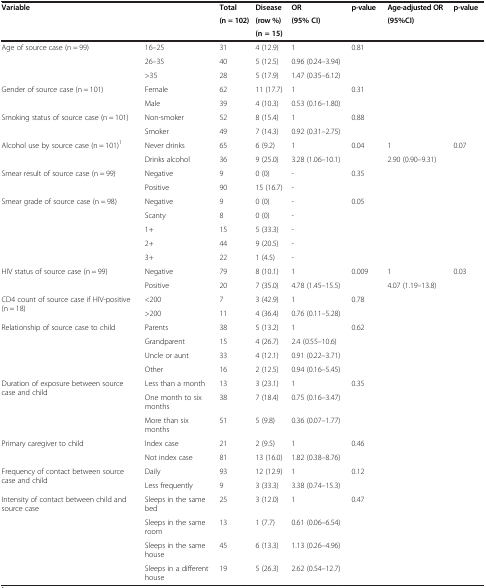
<table><thead><tr><td rowspan="3"><b>Variable</b></td><td rowspan="3"><b> </b></td><td><b>Total</b></td><td><b>Disease</b></td><td><b>OR</b></td><td rowspan="3"><b>p-value</b></td><td><b>Age-adjusted OR</b></td><td rowspan="3"><b>p-value</b></td></tr><tr><td rowspan="2"><b>(n = 102)</b></td><td><b>(row %)</b></td><td rowspan="2"><b>(95% CI)</b></td><td rowspan="2"><b>(95%CI)</b></td></tr><tr><td><b>(n = 15)</b></td></tr></thead><tbody><tr><td rowspan="3">Age of source case (n = 99)</td><td>16–25</td><td>31</td><td>4 (12.9)</td><td>1</td><td rowspan="3">0.81</td><td rowspan="3"> </td><td rowspan="3"> </td></tr><tr><td>26–35</td><td>40</td><td>5 (12.5)</td><td>0.96 (0.24–3.94)</td></tr><tr><td>&gt;35</td><td>28</td><td>5 (17.9)</td><td>1.47 (0.35–6.12)</td></tr><tr><td rowspan="2">Gender of source case (n = 101)</td><td>Female</td><td>62</td><td>11 (17.7)</td><td>1</td><td rowspan="2">0.31</td><td rowspan="2"> </td><td rowspan="2"> </td></tr><tr><td>Male</td><td>39</td><td>4 (10.3)</td><td>0.53 (0.16–1.80)</td></tr><tr><td rowspan="2">Smoking status of source case (n = 101)</td><td>Non-smoker</td><td>52</td><td>8 (15.4)</td><td>1</td><td rowspan="2">0.88</td><td rowspan="2"> </td><td rowspan="2"> </td></tr><tr><td>Smoker</td><td>49</td><td>7 (14.3)</td><td>0.92 (0.31–2.75)</td></tr><tr><td rowspan="2">Alcohol use by source case (n = 101)<sup>1</sup></td><td>Never drinks</td><td>65</td><td>6 (9.2)</td><td>1</td><td rowspan="2">0.04</td><td>1</td><td rowspan="2">0.07</td></tr><tr><td>Drinks alcohol</td><td>36</td><td>9 (25.0)</td><td>3.28 (1.06–10.1)</td><td>2.90 (0.90–9.31)</td></tr><tr><td rowspan="2">Smear result of source case (n = 99)</td><td>Negative</td><td>9</td><td>0 (0)</td><td>-</td><td rowspan="2">0.35</td><td rowspan="2"> </td><td rowspan="2"> </td></tr><tr><td>Positive</td><td>90</td><td>15 (16.7)</td><td>-</td></tr><tr><td rowspan="5">Smear grade of source case (n = 98)</td><td>Negative</td><td>9</td><td>0 (0)</td><td>-</td><td rowspan="5">0.05</td><td rowspan="5"> </td><td rowspan="5"> </td></tr><tr><td>Scanty</td><td>8</td><td>0 (0)</td><td>-</td></tr><tr><td>1+</td><td>15</td><td>5 (33.3)</td><td>-</td></tr><tr><td>2+</td><td>44</td><td>9 (20.5)</td><td>-</td></tr><tr><td>3+</td><td>22</td><td>1 (4.5)</td><td>-</td></tr><tr><td rowspan="2">HIV status of source case (n = 99)</td><td>Negative</td><td>79</td><td>8 (10.1)</td><td>1</td><td rowspan="2">0.009</td><td>1</td><td rowspan="2">0.03</td></tr><tr><td>Positive</td><td>20</td><td>7 (35.0)</td><td>4.78 (1.45–15.5)</td><td>4.07 (1.19–13.8)</td></tr><tr><td rowspan="2">CD4 count of source case if HIV-positive (n = 18)</td><td>&lt;200</td><td>7</td><td>3 (42.9)</td><td>1</td><td rowspan="2">0.78</td><td rowspan="2"> </td><td rowspan="2"> </td></tr><tr><td>&gt;200</td><td>11</td><td>4 (36.4)</td><td>0.76 (0.11–5.28)</td></tr><tr><td rowspan="4">Relationship of source case to child</td><td>Parents</td><td>38</td><td>5 (13.2)</td><td>1</td><td rowspan="4">0.62</td><td rowspan="4"> </td><td rowspan="4"> </td></tr><tr><td>Grandparent</td><td>15</td><td>4 (26.7)</td><td>2.4 (0.55–10.6)</td></tr><tr><td>Uncle or aunt</td><td>33</td><td>4 (12.1)</td><td>0.91 (0.22–3.71)</td></tr><tr><td>Other</td><td>16</td><td>2 (12.5)</td><td>0.94 (0.16–5.45)</td></tr><tr><td rowspan="3">Duration of exposure between source case and child</td><td>Less than a month</td><td>13</td><td>3 (23.1)</td><td>1</td><td rowspan="3">0.35</td><td rowspan="3"> </td><td rowspan="3"> </td></tr><tr><td>One month to six months</td><td>38</td><td>7 (18.4)</td><td>0.75 (0.16–3.47)</td></tr><tr><td>More than six months</td><td>51</td><td>5 (9.8)</td><td>0.36 (0.07–1.77)</td></tr><tr><td rowspan="2">Primary caregiver to child</td><td>Index case</td><td>21</td><td>2 (9.5)</td><td>1</td><td rowspan="2">0.46</td><td rowspan="2"> </td><td rowspan="2"> </td></tr><tr><td>Not index case</td><td>81</td><td>13 (16.0)</td><td>1.82 (0.38–8.76)</td></tr><tr><td rowspan="2">Frequency of contact between source case and child</td><td>Daily</td><td>93</td><td>12 (12.9)</td><td>1</td><td rowspan="2">0.12</td><td rowspan="2"> </td><td rowspan="2"> </td></tr><tr><td>Less frequently</td><td>9</td><td>3 (33.3)</td><td>3.38 (0.74–15.3)</td></tr><tr><td rowspan="4">Intensity of contact between child and source case</td><td>Sleeps in the same bed</td><td>25</td><td>3 (12.0)</td><td>1</td><td rowspan="4">0.47</td><td rowspan="4"> </td><td rowspan="4"> </td></tr><tr><td>Sleeps in the same room</td><td>13</td><td>1 (7.7)</td><td>0.61 (0.06–6.54)</td></tr><tr><td>Sleeps in the same house</td><td>45</td><td>6 (13.3)</td><td>1.13 (0.26–4.96)</td></tr><tr><td>Sleeps in a different house</td><td>19</td><td>5 (26.3)</td><td>2.62 (0.54–12.7)</td></tr></tbody></table>